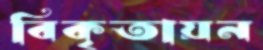
বিকৃতায়ন